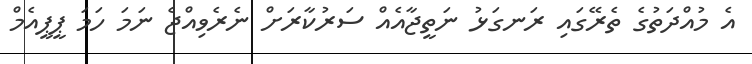
އެ މުއްދަތުގެ ތެރޭގައި ރަނގަޅު ނަތީޖާއެއް ސަރުކާރަށް ނެރެވިއްޖެ ނަމަ ހަމަ ޕީޕީއެމް